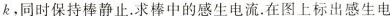
k，同时保持棒静止。求棒中的感生电流。在图上标出感生电